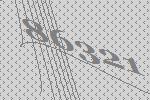
86321